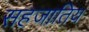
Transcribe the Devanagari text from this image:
सहजातिय